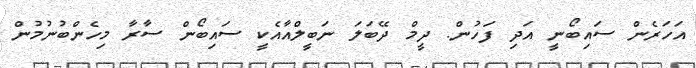
އަހަރެން ސައިބޯނީ އަދި ފަހުން. ދީމް ދޭބަލަ ނަބީލްއާއެކީ ސައިބޯން ސާރާ މިހެންބުނުމުން